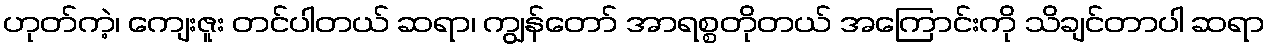
ဟုတ်ကဲ့၊ ကျေးဇူး တင်ပါတယ် ဆရာ၊ ကျွန်တော် အာရစ္စတိုတယ် အကြောင်းကို သိချင်တာပါ ဆရာ